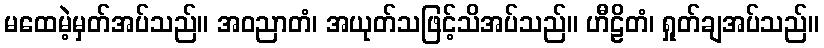
မထေမဲ့မှတ်အပ်သည်။ အဝညာတံ၊ အယုတ်သဖြင့်သိအပ်သည်။ ဟီဠိတံ၊ ရှုတ်ချအပ်သည်။